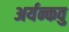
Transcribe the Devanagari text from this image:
अर्यन्कवु